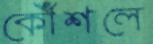
কৌঁশলে